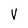
Character: v